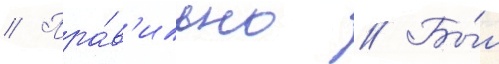
// Пра́в'ильно // Бы́л